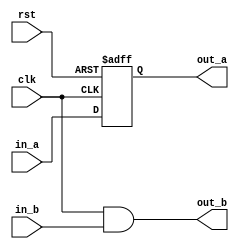
module CLK_XC_LDTH (in_a, in_b,rst,clk, out_a, out_b);
   input in_a, in_b,clk,rst;
   output out_a, out_b;
   reg out_a;
   assign out_b = clk & in_b;
   always @(posedge clk or negedge rst)
   if(!rst)
   out_a <= 1'b0;
   else
   out_a <= in_a;
endmodule